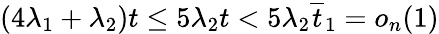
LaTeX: (4\lambda_{1}+\lambda_{2})t\le 5\lambda_{2}t<5\lambda_{2}\overline{{t}}_{1}=o_{n}(1)